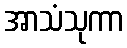
အာသံသုကာ